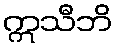
ဣသီဘိ